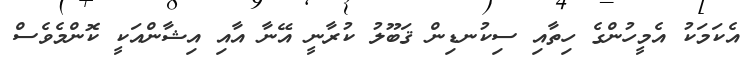
އެކަމަކު އެމީހުންގެ ހިތާއި ސިކުނޑިން ޤަބޫލު ކުރާނީ އޭނާ އާއި އިޝާންއަކީ ކޮންމެވެސް